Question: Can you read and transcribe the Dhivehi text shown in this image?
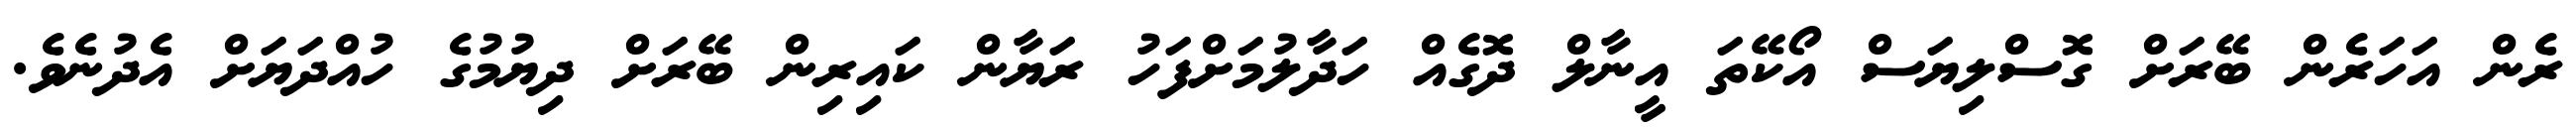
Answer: ރެން އަހަރެން ބޭރަށް ގޮސްލިޔަސް އޯކޭތަ އީނާލް ދޮގެއް ހަދާލުމަށްފަހު ރަޔާން ކައިރިން ބޭރަށް ދިޔުމުގެ ހުއްދަޔަށް އެދުނެވެ.